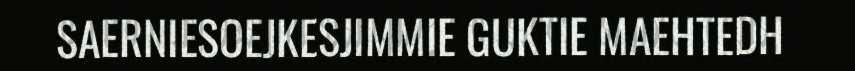
SAERNIESOEJKESJIMMIE GUKTIE MAEHTEDH